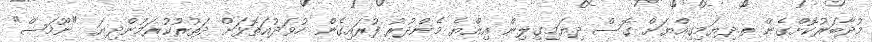
މުދާބަރުކޮށްގެން ތ.ދިޔަމިގިއްޔަށް ގޮސް ދިޔަމިގިލިން އިއްޔެ މެންދުރު ފުރައިގެން ހުވަދުއަތޮޅަށް ދަތުރުކުރަމުންދިޔަ "ނޫމަސް"